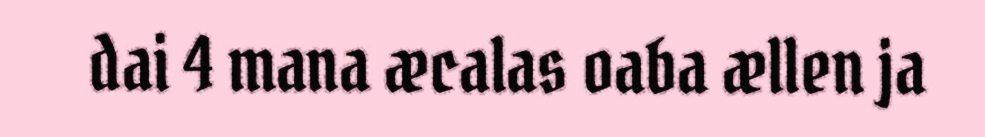
dai 4 mana æcalas oaba ællen ja